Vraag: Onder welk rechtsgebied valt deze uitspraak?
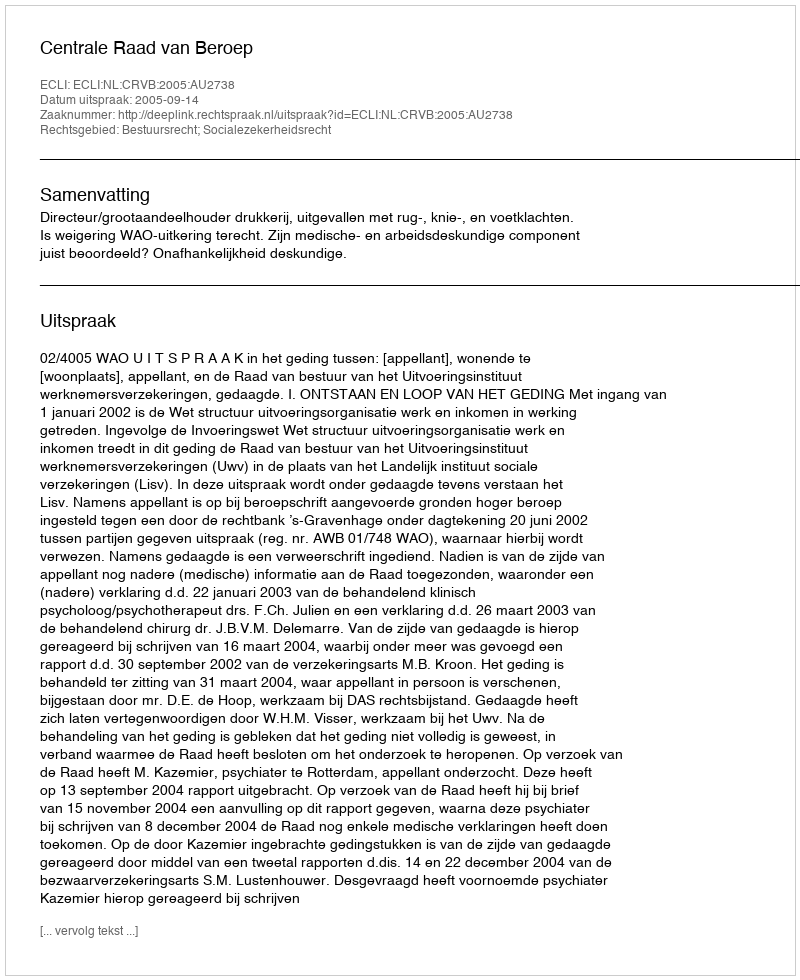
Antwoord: Bestuursrecht; Socialezekerheidsrecht